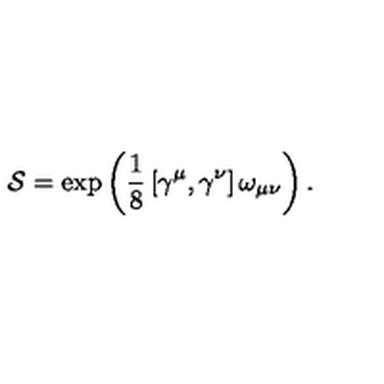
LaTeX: \mathcal { S } = \exp \left( \mathrm { \frac { 1 } { 8 } } \left[ \gamma ^ { \mu } , \gamma ^ { \nu } \right] \omega _ { \mu \nu } \right) .